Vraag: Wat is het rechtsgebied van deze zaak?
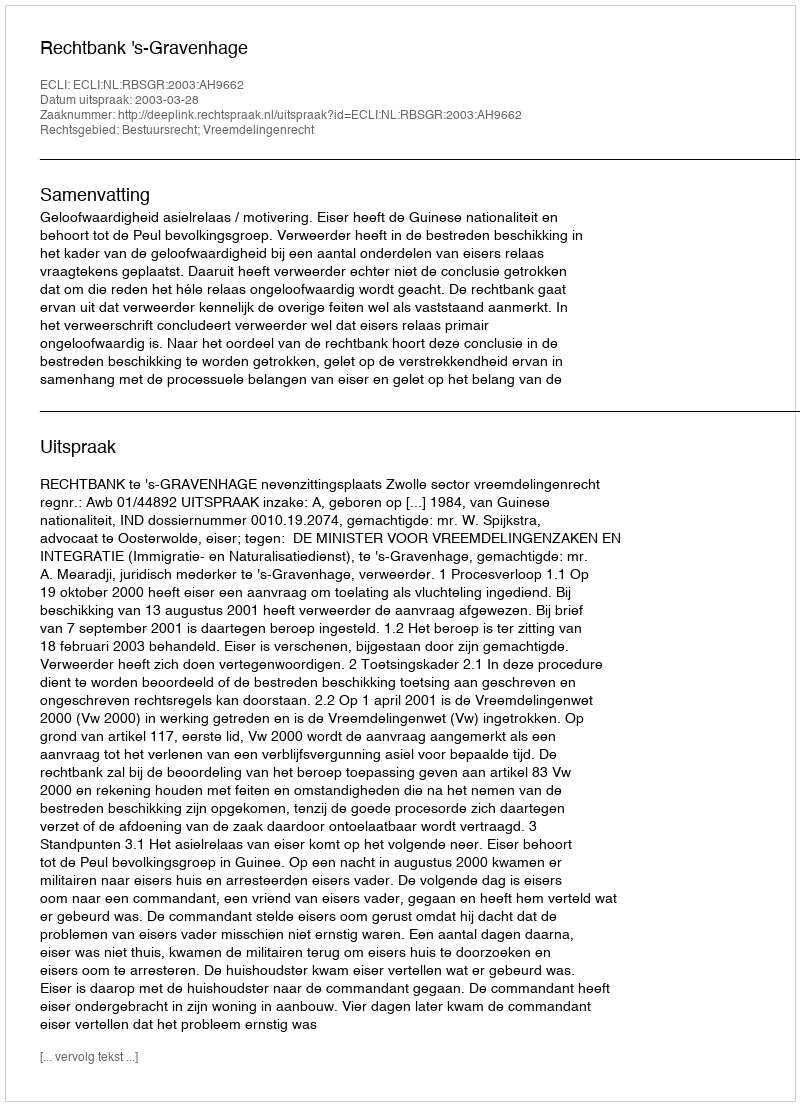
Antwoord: Bestuursrecht; Vreemdelingenrecht